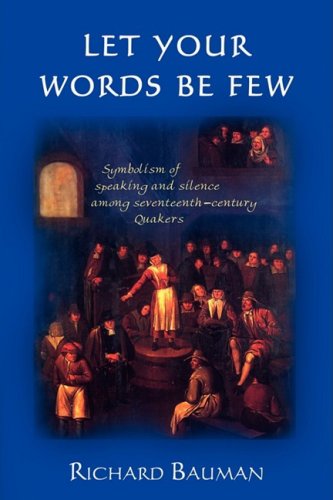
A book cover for Let Your Words Be Few: Symbolism of Speaking and Silence Among Seventeenth-Century Quakers; Richard Bauman; Christian Books & Bibles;